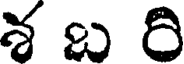
శ బ రి